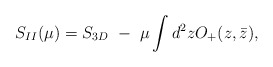
\begin{align*}S_{II}(\mu)=S_{3D}~-~\mu\int d^2zO_+(z,\bar z),\end{align*}